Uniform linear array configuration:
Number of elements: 48
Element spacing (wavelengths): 0.25
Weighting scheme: hann
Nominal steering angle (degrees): -30
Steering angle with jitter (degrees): -30.171
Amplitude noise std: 0.05
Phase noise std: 0.05

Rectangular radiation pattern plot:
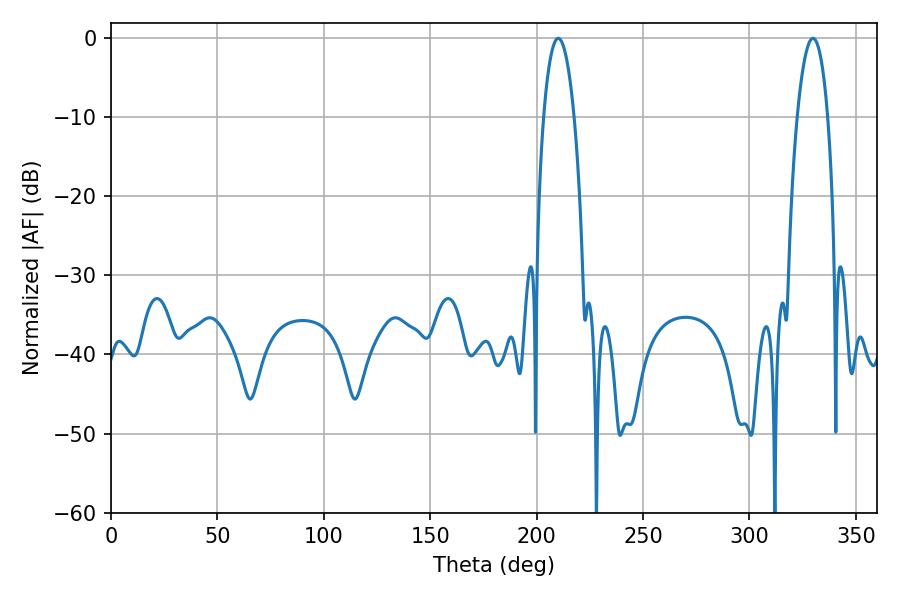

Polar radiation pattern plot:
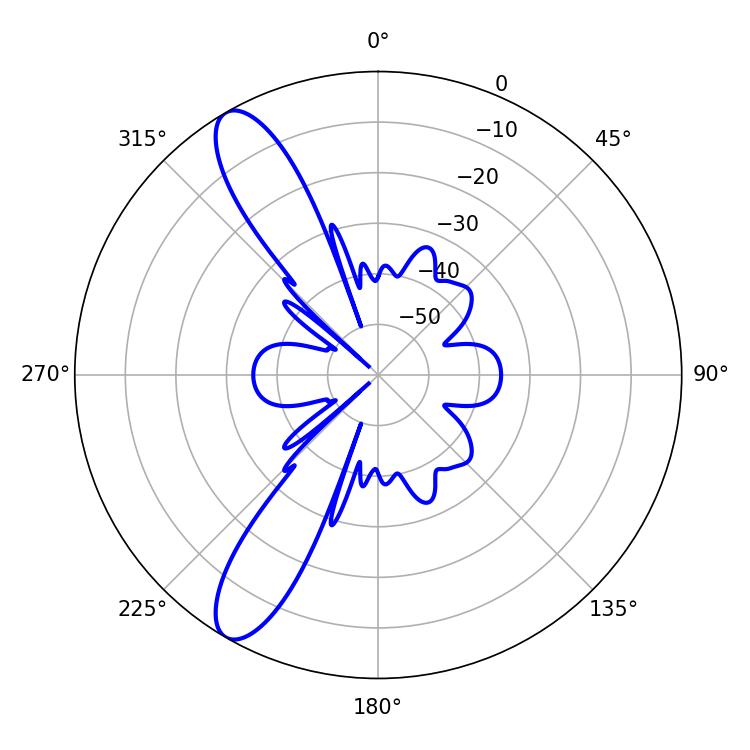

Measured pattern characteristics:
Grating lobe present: FALSE
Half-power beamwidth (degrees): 7.92
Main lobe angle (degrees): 210.24